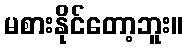
မစားနိုင်တော့ဘူး။